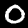
Label: 0